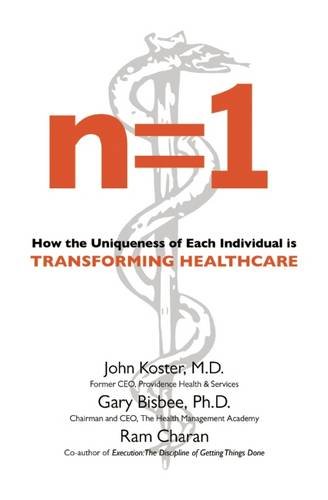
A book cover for n=1: How the Uniqueness of Each Individual Is Transforming Healthcare; John Koster; Medical Books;